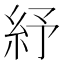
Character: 紓